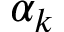
\alpha _ { k }